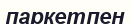
паркетпен